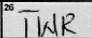
Transcription: TWR